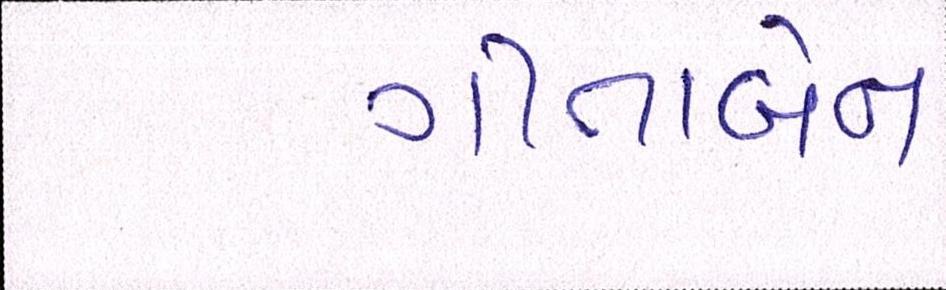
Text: ગીતાબેન